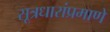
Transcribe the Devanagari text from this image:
सूत्रधारांप्रमाणे